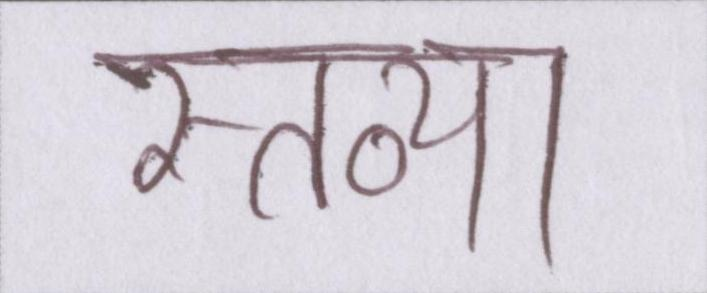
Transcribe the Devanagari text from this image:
स्तव्या